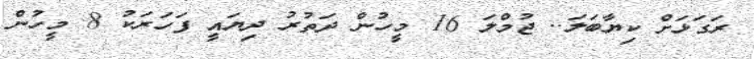
ރަގަޅަށް ކިޔާބަލަ.. ޖުމްލަ 16 މީހުން ދަތުރު ދިޔައީ ފަހަރަކު 8 މީހުން